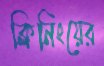
ক্লিনিংয়ের